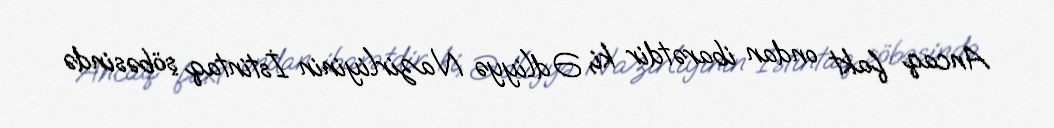
Ancaq fakt ondan ibarətdir ki, Ədliyyə Nazirliyinin İstintaq şöbəsində